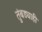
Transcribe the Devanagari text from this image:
तुंबड्याही